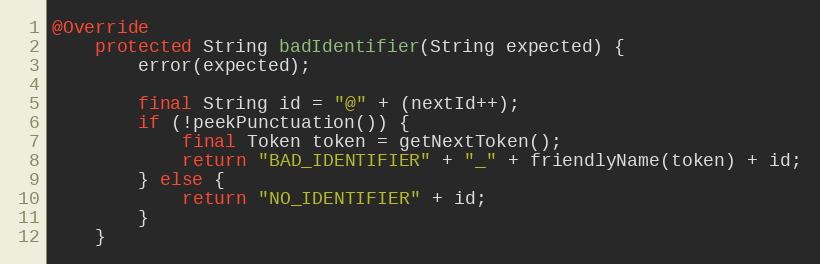
Language: Java
@Override
    protected String badIdentifier(String expected) {
        error(expected);

        final String id = "@" + (nextId++);
        if (!peekPunctuation()) {
            final Token token = getNextToken();
            return "BAD_IDENTIFIER" + "_" + friendlyName(token) + id;
        } else {
            return "NO_IDENTIFIER" + id;
        }
    }